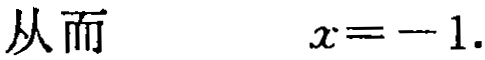
从而 \(\quad x = - 1.\)